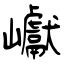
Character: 巘